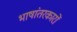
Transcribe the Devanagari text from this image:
भाषांतरकारों